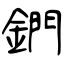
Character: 鍆